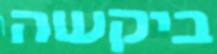
ביקשה